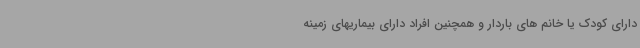
دارای کودک یا خانم های باردار و همچنین افراد دارای بیماریهای زمینه